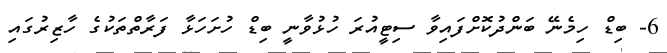
6- ބިޑް ހިމެނޭ ބަންދުކޮށްފައިވާ ސިޓީއުރަ ހުޅުވާނީ ބިޑް ހުށަހަޅާ ފަރާތްތަކުގެ ހާޒިރުގައި